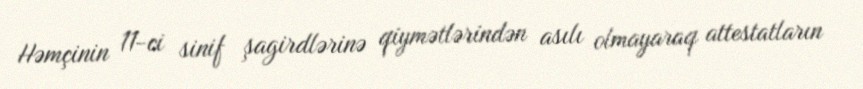
Həmçinin 11-ci sinif şagirdlərinə qiymətlərindən asılı olmayaraq attestatların